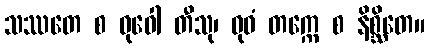
သဿတေ စ ဓုဝေါ တီသု၊ ဓုဝံ တက္ကေ စ နိစ္ဆိတေ။